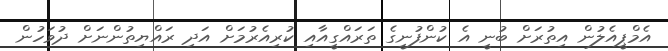
އެމްޕީއެލުން އިތުރަށް ބުނީ އެ ކުންފުނީގެ ތަރައްގީއާއި ކުރިއެރުމަށް އަދި ރައްޔިތުންނަށް ދުވަހުން